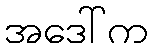
အဒေါ်က